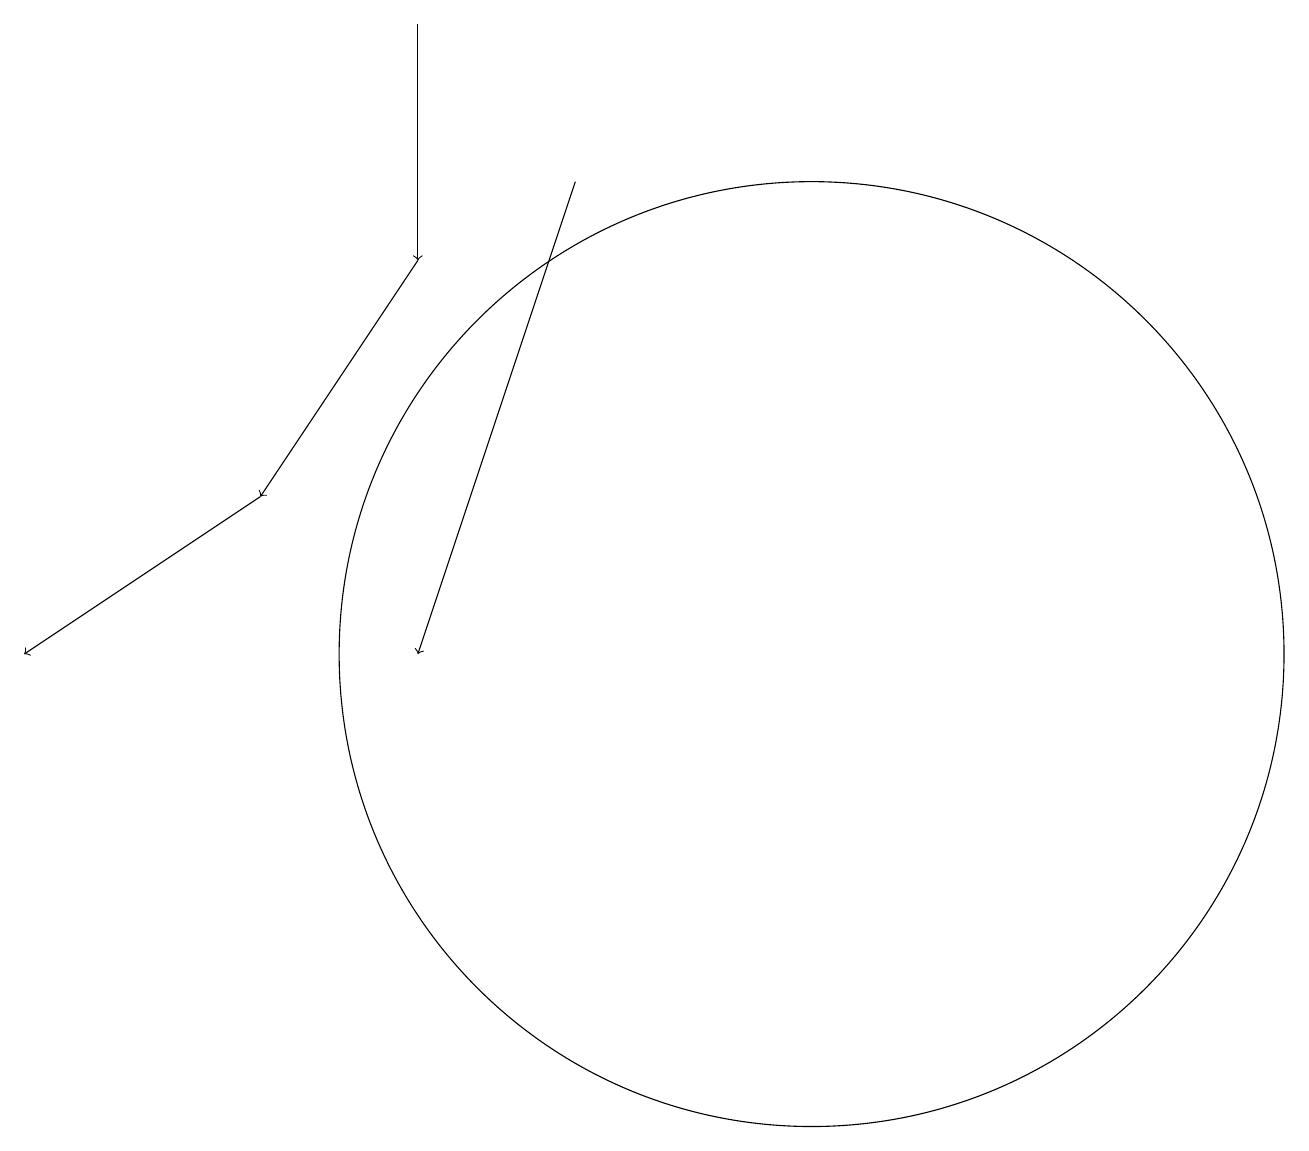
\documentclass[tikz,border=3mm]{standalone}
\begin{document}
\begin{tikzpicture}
\draw[->] (6,16) -- (4,13);
\draw (11,11) circle (6);
\draw[->] (6,19) -- (6,16);
\draw[->] (4,13) -- (1,11);
\draw[->] (8,17) -- (6,11);
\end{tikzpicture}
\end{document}